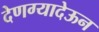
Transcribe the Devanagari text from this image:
देणग्यादेऊन